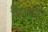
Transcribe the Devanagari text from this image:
मिलसी।